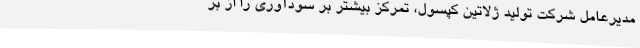
مدیرعامل شرکت تولید ژلاتین کپسول، تمرکز بیشتر بر سودآوری را از بر